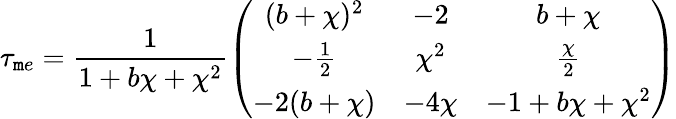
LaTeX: \tau_{\mathtt{m}e}=\frac{{1}}{{1+b\chi+\chi^{2}}}\left(\begin{array}{ccc}{{(b+\chi)^{2}}}&{{-2}}&{{b+\chi}}\\ {{-\frac{1}{2}}}&{{\chi^{2}}}&{{\frac{\chi}{2}}}\\ {{-2(b+\chi)}}&{{-4\chi}}&{{-1+b\chi+\chi^{2}}}\end{array}\right)